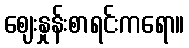
ဈေးနှုန်းစာရင်းကရော။